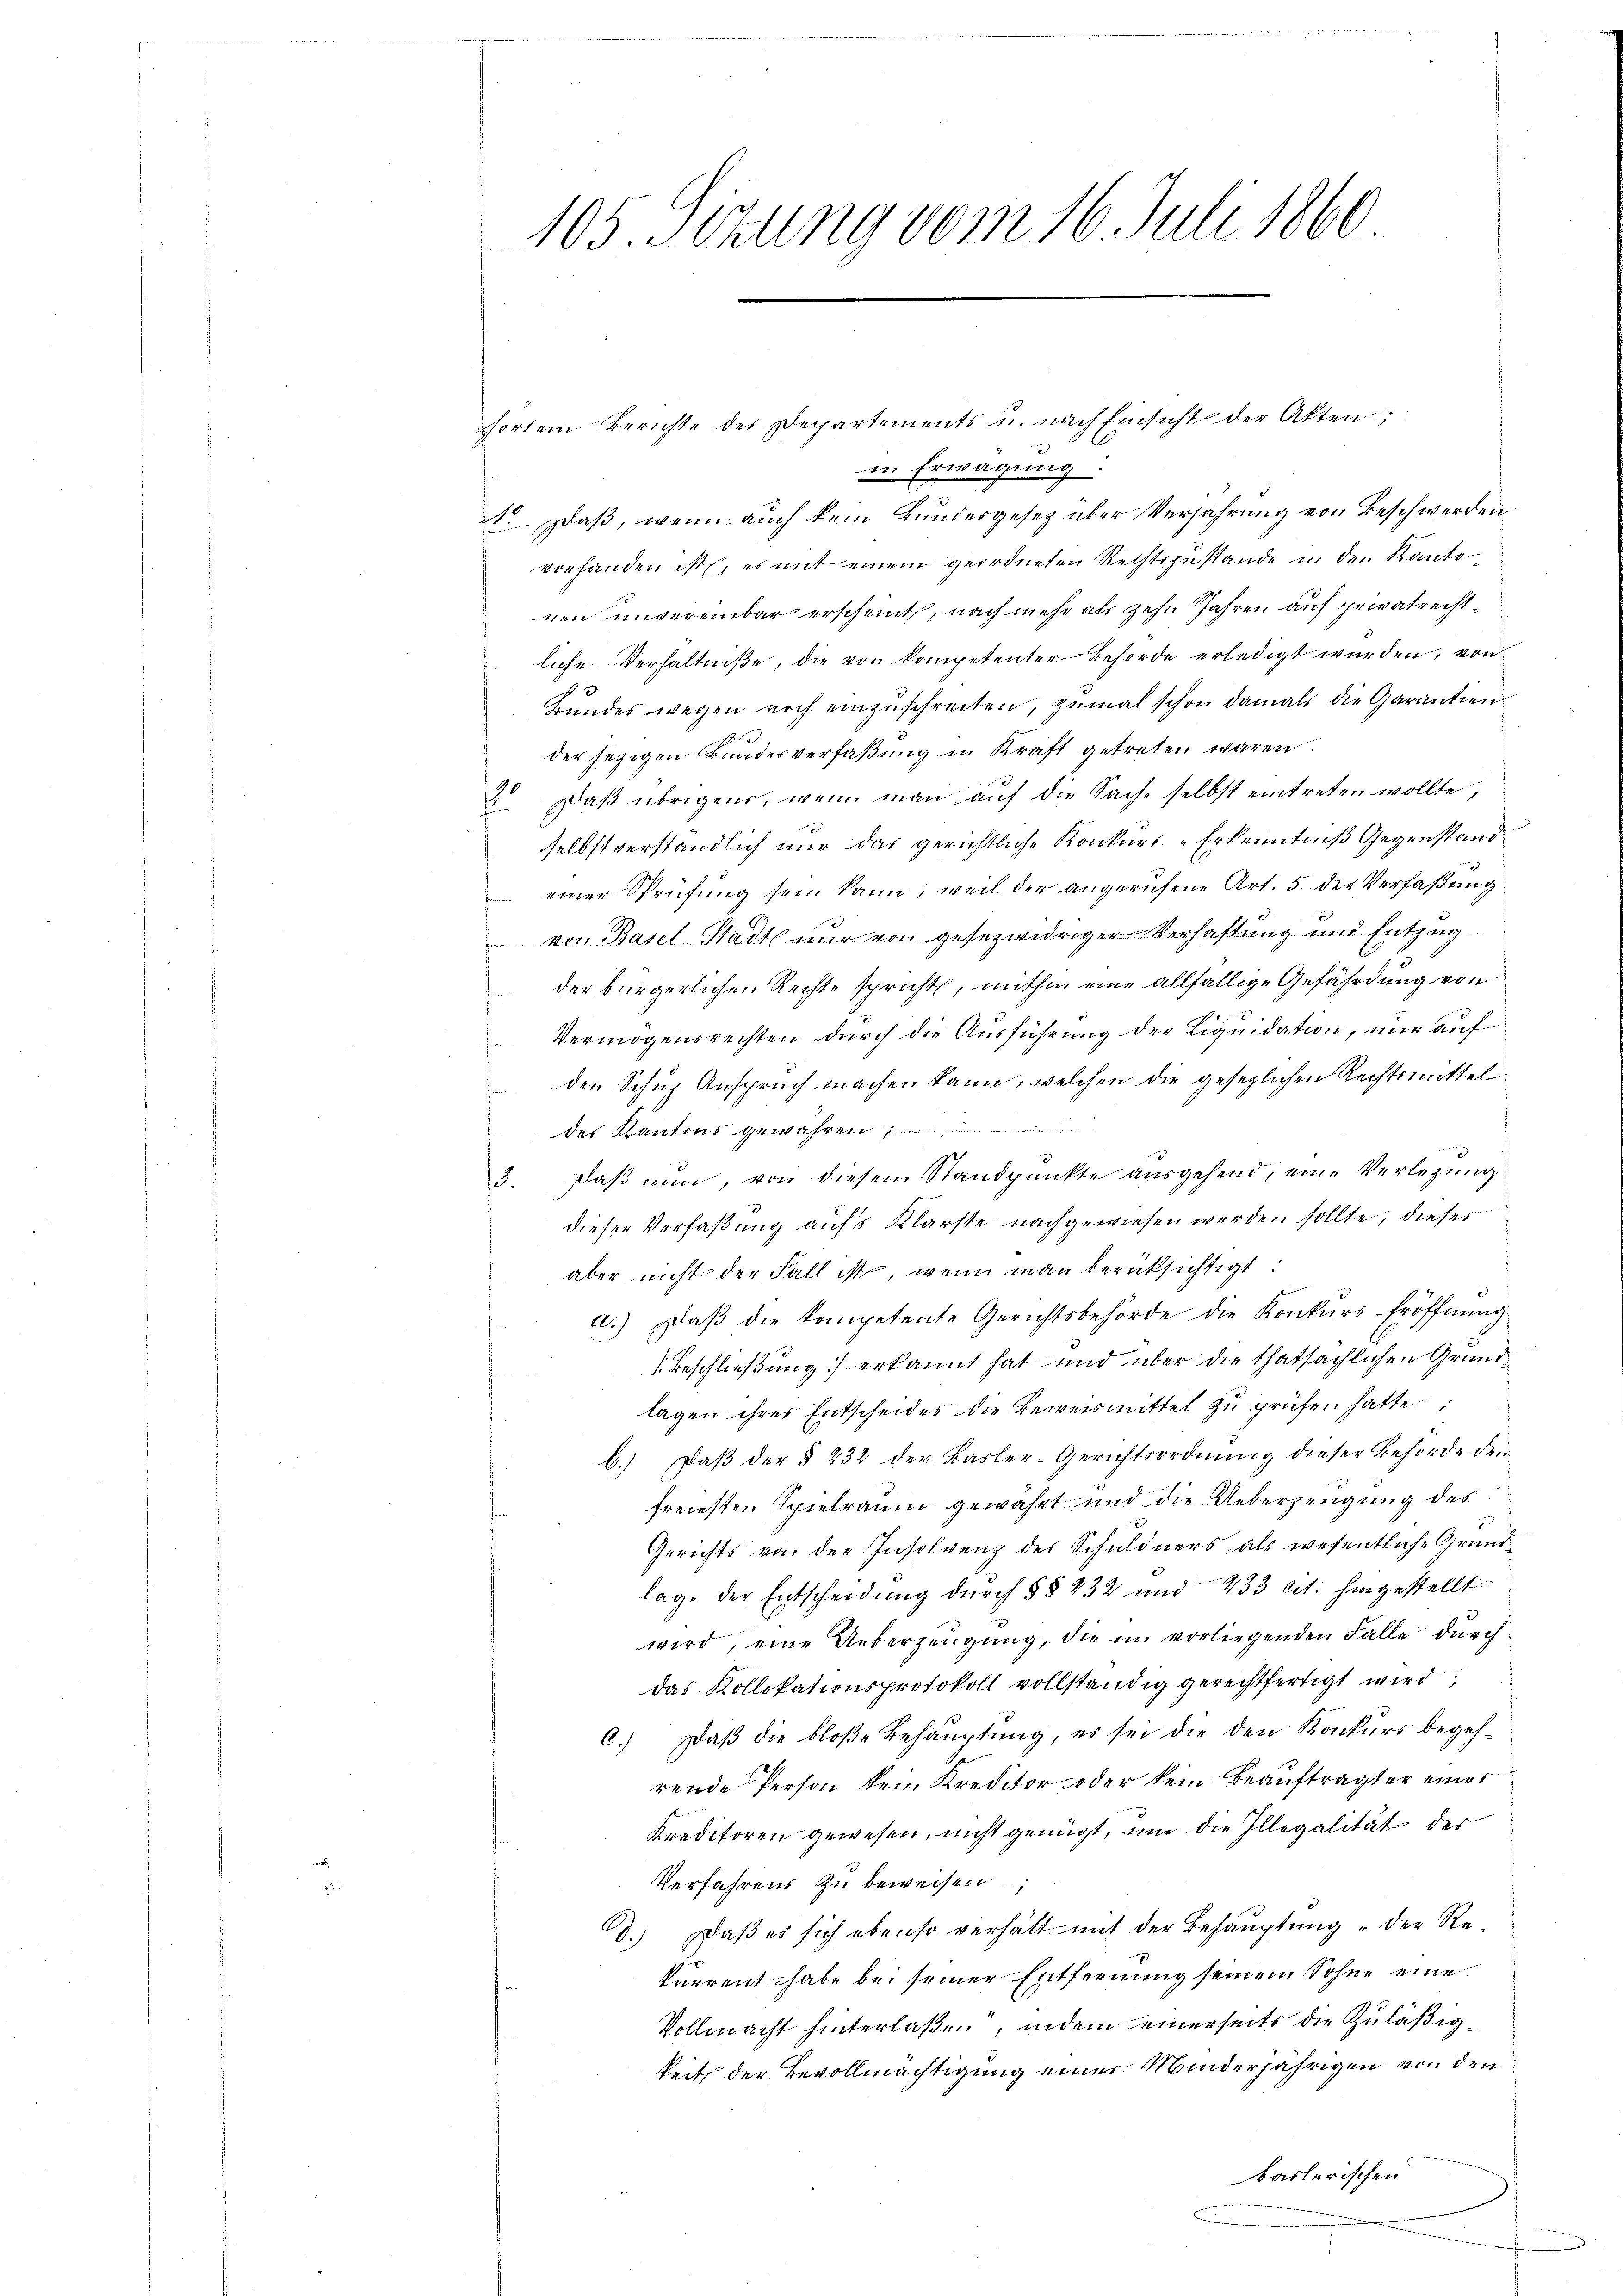
105. Sizung vom 16. Juli 1860

horten Berichte des Departements u. nach Einsicht der Akten;
in Erwägung.
1. Daß, wenn auch kein Bundesgesetz über Verfahrung von Beschwerden
vorhanden ist, es mit einem geordneten Rechtszustande in den Kanto-
nen unvereinbar erscheint, nach mehr als zehn Jahren auf privatrechtliche Verhältniße, die von kompetenter Behörde erledigt wurden, von
Bundes wegen noch einzuschreiten, zumal schon damals die Garantien
der jezigen Bundesverfaßung in Kraft getreten waren.
190
 Daβ übrigens, wenn man auf die Sache selbst eintreten wollte,
selbstverständlich nur das gerichtliche Konkurs-Erkenntniß Gegenstand
 einer Sprüfung sein kann, weil der angerufene Art. 5. der Verfaßung
 von Basel-Stadt nur von gesezwidriger Verhaftung und Entzug
der bürgerlichen Rechte spricht, mithin eine allfällige Gefährdung von
Vermögensrechten durch die Ausführung der Liquidation, nur aufden Schup Anspruch machen kann, welchen die gesetzlichen Rechtsmittel
des Kantons gewähren
3. Daß nun, von diesem Standpunkte ausgehend, eine Verlegung
dieser Verfaßung aufs Klarste nachgewiesen werden sollte, dieser
aber nicht der Fall ist, wenn man berücksichtigt:
d
a.) Daβ die kompetente Gerichtsbehörde die Konkurs-Eröffnung.
(Beschließung erkannt hat und über die thatsächlichen Grundlagen ihrer Entscheides die Beweismittel zu prüfen hatte
b.) Daß der § 232 der Basler-Gerichtsordnung dieser Behörde drinfreiesten Spielraum gewährt und die Ueberzeugung des
Gerichts von der Insolvenz des Schuldners als wesentliche Grundlage der Entscheidung durch §§ 432 und 233 lit. hingestellt
wird, eine Ueberzeugung, die im vorliegenden Fälle durch
das Kollokationsprotokoll vollständig gerechtfertigt wird
6.) Daß die bloße Behauptung, es sei die den Konkurs begehrende Person kein Kreditor oder kein Beauftragter eines
Kreditoren gewesen, nicht genügt, um die Illegalität der
Verfahrens zu beweisen,
D.) Daß es sich ebenso verhält mit der Behauptung der Rekurrent habe bei seiner Entfernung seinem Sohne eine
Vollmacht hinterlaßen, indem einerseits die Zuläßigkeit der Bevollmächtigung einer Minderjährigen von den
baslerischen